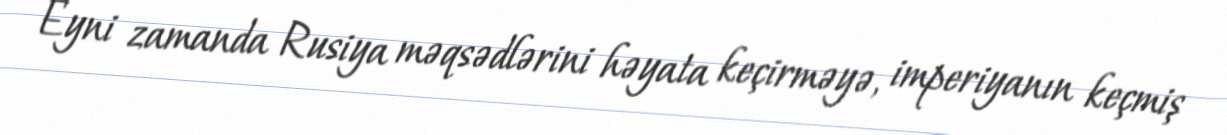
Eyni zamanda Rusiya məqsədlərini həyata keçirməyə, imperiyanın keçmiş